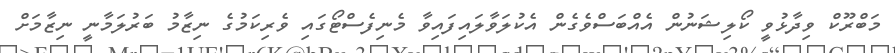
މަބްރޫކް ވިދާޅުވީ ކޯލިޝަނުން އެއްބަސްވެގެން އެކުލަވާލައިފައިވާ މެނިފެސްޓޯގައި ވެރިކަމުގެ ނިޒާމު ބަރުލަމާނީ ނިޒާމަށް